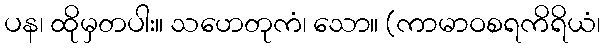
ပန၊ ထိုမှတပါး။ သဟေတုကံ၊ သော။ (ကာမာဝစရကိရိယံ၊